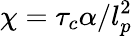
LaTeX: \chi=\tau_{c}\alpha/l_{p}^{2}